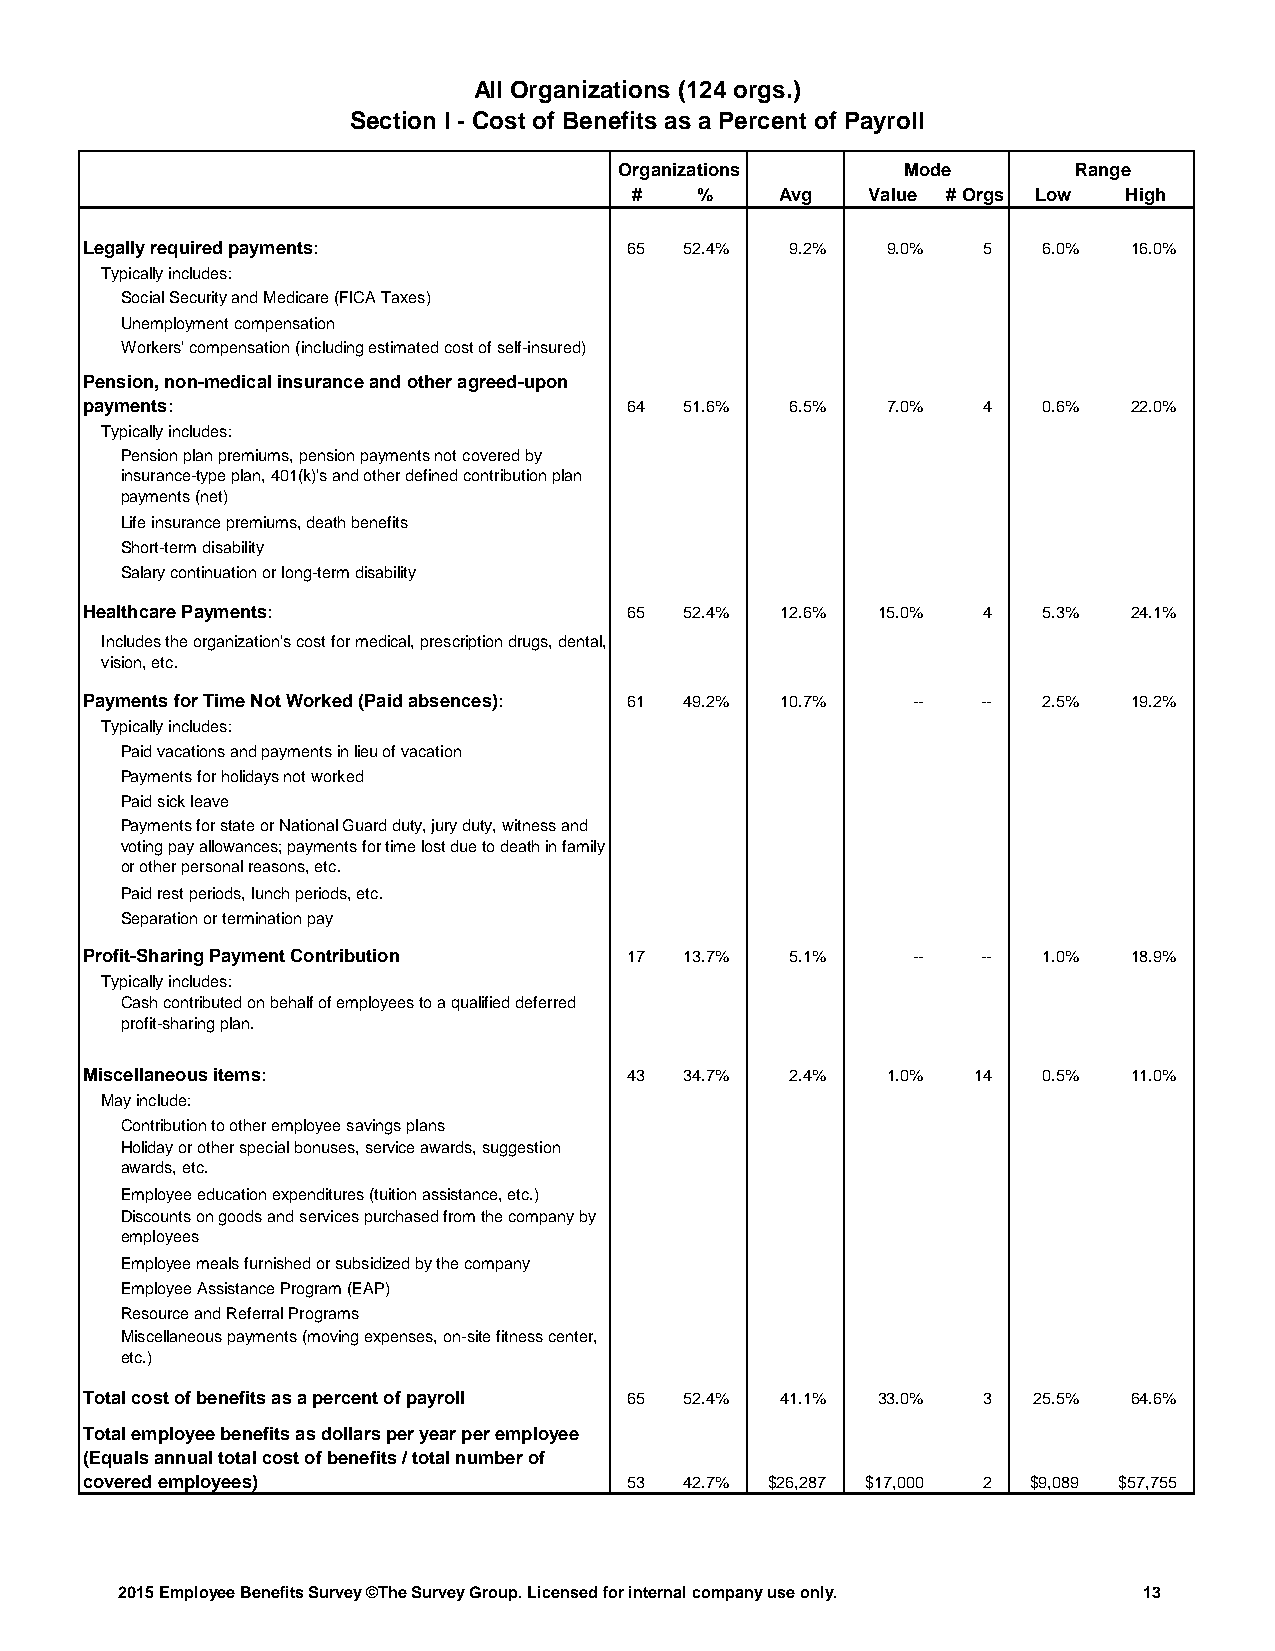
All Organizations (124 orgs.)
 Section I - Cost of Benefits as a Percent of Payroll
 Organizations     Mode        Range
 #    %    Avg   Value # Orgs Low High
 Legally required payments:          65  52.4%  9.2%  9.0%   5   6.0%  16.0%
 Typically includes:
 Social Security and Medicare (FICA Taxes)
 Unemployment compensation
 Workers' compensation (including estimated cost of self-insured)
 Pension, non-medical insurance and other agreed-upon
 payments:                           64  51.6%  6.5%  7.0%   4   0.6%  22.0%
 Typically includes:
 Pension plan premiums, pension payments not covered by
 insurance-type plan, 401(k)'s and other defined contribution plan
 payments (net)
 Life insurance premiums, death benefits
 Short-term disability
 Salary continuation or long-term disability
 Healthcare Payments:                65  52.4% 12.6%  15.0%  4   5.3%  24.1%
 Includes the organization's cost for medical, prescription drugs, dental,
 vision, etc.
 Payments for Time Not Worked (Paid absences): 61 49.2% 10.7% -- -- 2.5% 19.2%
 Typically includes:
 Paid vacations and payments in lieu of vacation
 Payments for holidays not worked
 Paid sick leave
 Payments for state or National Guard duty, jury duty, witness and
 voting pay allowances; payments for time lost due to death in family
 or other personal reasons, etc.
 Paid rest periods, lunch periods, etc.
 Separation or termination pay
 Profit-Sharing Payment Contribution 17  13.7%  5.1%    --   --  1.0%  18.9%
 Typically includes:
 Cash contributed on behalf of employees to a qualified deferred
 profit-sharing plan.
 Miscellaneous items:                43  34.7%  2.4%  1.0%  14   0.5%  11.0%
 May include:
 Contribution to other employee savings plans
 Holiday or other special bonuses, service awards, suggestion
 awards, etc.
 Employee education expenditures (tuition assistance, etc.)
 Discounts on goods and services purchased from the company by
 employees
 Employee meals furnished or subsidized by the company
 Employee Assistance Program (EAP)
 Resource and Referral Programs
 Miscellaneous payments (moving expenses, on-site fitness center,
 etc.)
 Total cost of benefits as a percent of payroll 65 52.4% 41.1% 33.0% 3 25.5% 64.6%
 Total employee benefits as dollars per year per employee
 (Equals annual total cost of benefits / total number of
 covered employees)                  53  42.7% $26,287 $17,000 2 $9,089 $57,755
 2015 Employee Benefits Survey ©The Survey Group. Licensed for internal company use only. 13